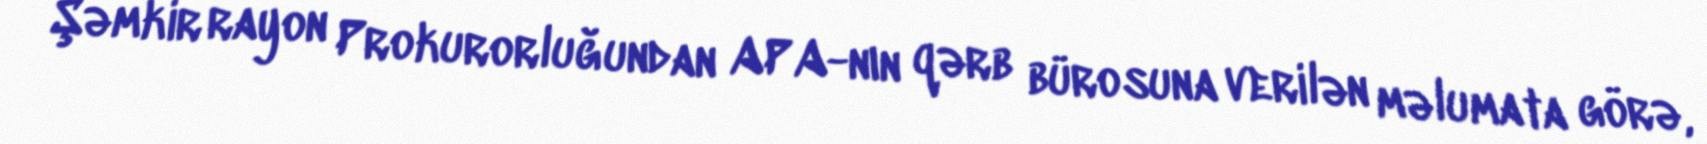
Şəmkir rayon Prokurorluğundan APA-nın qərb bürosuna verilən məlumata görə,